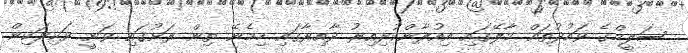
ސަލީމްގެ ވައުދުތައް މާލޭގައި އިއުލާންކުރިއިރު ދާއިރާގައި ހިމެނޭ ތިން ރަށުގައި ވަނީ ވަކިވަކިން